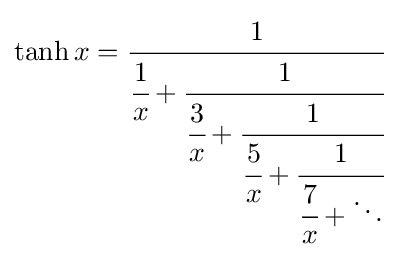
\tanh x={\cfrac {1}{{\cfrac {1}{x}}+{\cfrac {1}{{\cfrac {3}{x}}+{\cfrac {1}{{\cfrac {5}{x}}+{\cfrac {1}{{\cfrac {7}{x}}+\ddots }}}}}}}}